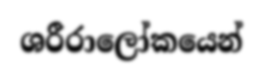
ශරීරාලෝකයෙන්